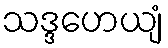
သဒ္ဒဟေယျံ